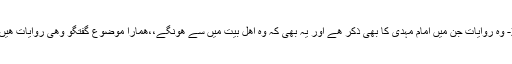
2- وہ روایات جن میں امام مہدی کا بھی ذکر ھے اور یہ بھی کہ وہ اھل بیت میں سے ھونگے،،ھمارا موضوعِ گفتگو وھی روایات ھیں !